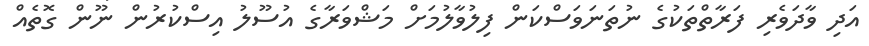
އަދި ވާދަވެރި ފަރާތްތަކުގެ ނުތަނަވަސްކަން ފިލުވާލުމަށް މަޝްވަރާގެ އުސޫލު އިސްކުރުން ނޫން ގޮތެއް